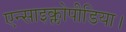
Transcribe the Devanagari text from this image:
एन्साइक्लोपीडिया।